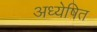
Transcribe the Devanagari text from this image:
अध्येषित